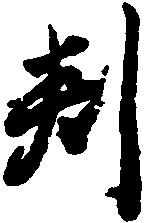
判